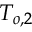
T _ { o , 2 }